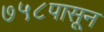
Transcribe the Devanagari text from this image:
७५८पासून